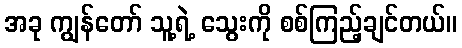
အခု ကျွန်တော် သူ့ရဲ့ သွေးကို စစ်ကြည့်ချင်တယ်။